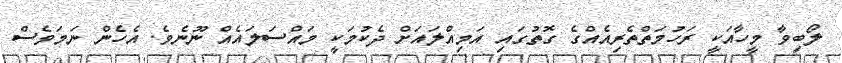
ލޯބިވާ މީހާއަކީ ރަހުމަތްތެރިއެއްގެ ގޮތުގައި އަމިއްލައަށް ދެކުމަކީ މައްސަލައެއް ނޫނެވެ. އެހެން ނަމަވެސް